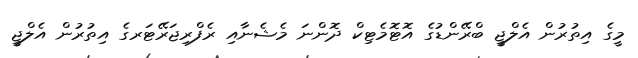
މީގެ އިތުރުން އެލްޖީ ބްރޭންޑުގެ އޮޓޮމެޓިކް ދޮންނަ މެޝެނާއި ރެފްރިޖަރޭޓަރގެ އިތުރުން އެލްޖީ